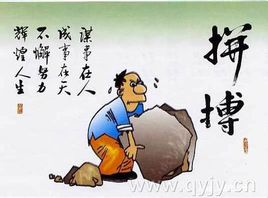
王侯将相宁有种乎？